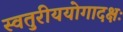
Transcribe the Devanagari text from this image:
स्वतुरीययोगादक्षः